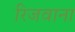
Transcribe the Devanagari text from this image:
रिजवाना